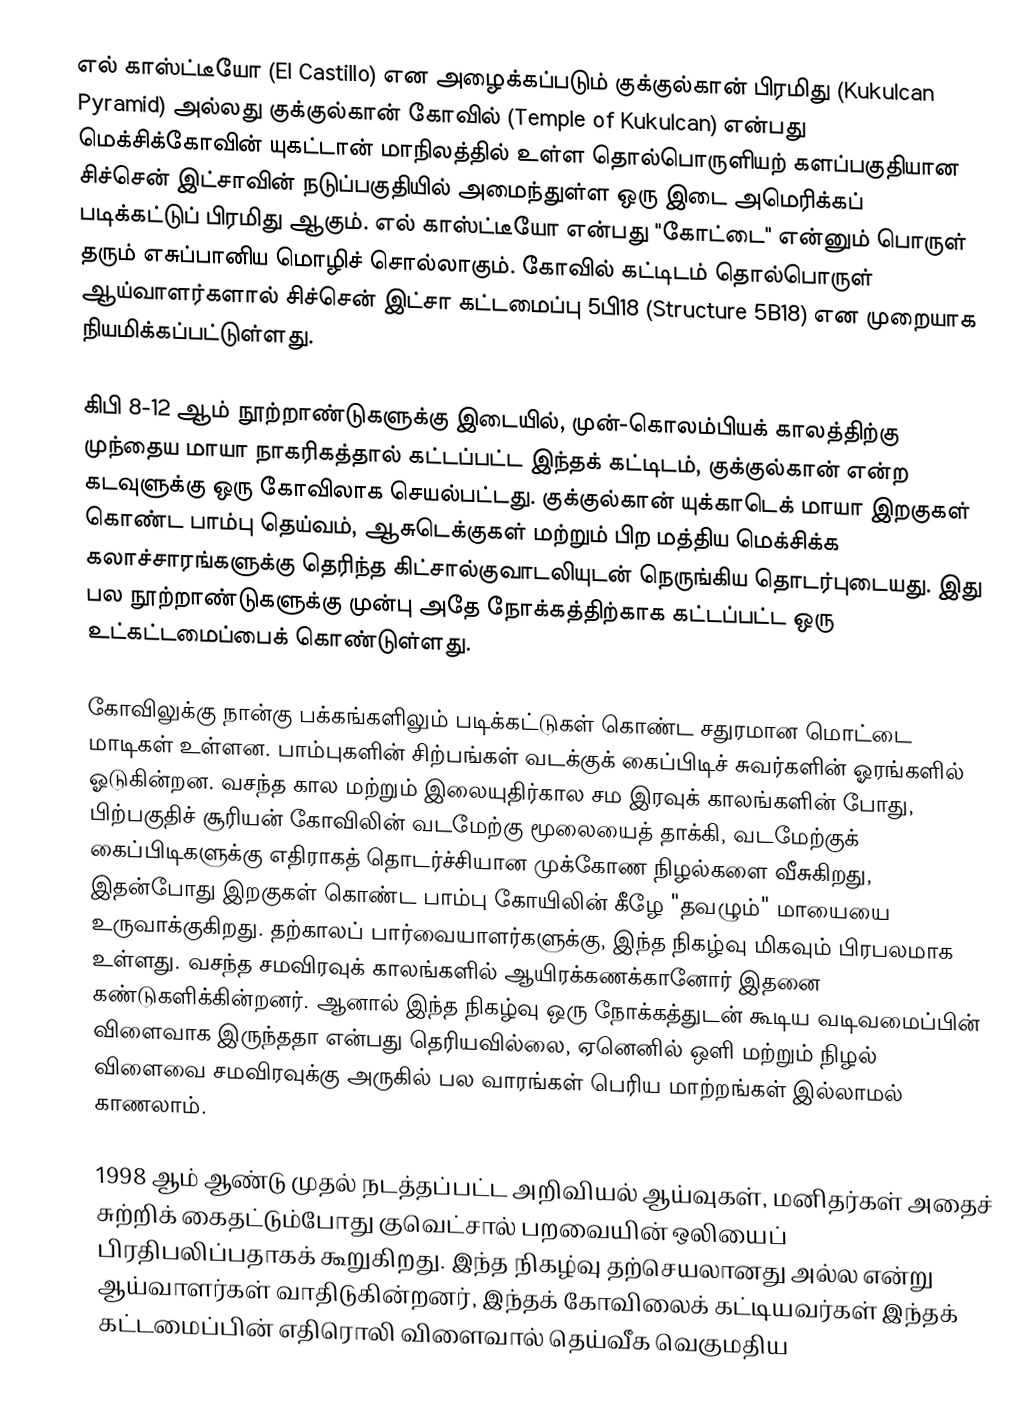
எல் காஸ்ட்டீயோ (El Castillo) என அழைக்கப்படும் குக்குல்கான் பிரமிது (Kukulcan Pyramid) அல்லது குக்குல்கான் கோவில் (Temple of Kukulcan) என்பது மெக்சிக்கோவின் யுகட்டான் மாநிலத்தில் உள்ள தொல்பொருளியற் களப்பகுதியான சிச்சென் இட்சாவின் நடுப்பகுதியில் அமைந்துள்ள ஒரு இடை அமெரிக்கப் படிக்கட்டுப் பிரமிது ஆகும். எல் காஸ்ட்டீயோ என்பது "கோட்டை" என்னும் பொருள் தரும் எசுப்பானிய மொழிச் சொல்லாகும். கோவில் கட்டிடம் தொல்பொருள் ஆய்வாளர்களால் சிச்சென் இட்சா கட்டமைப்பு 5பி18 (Structure 5B18) என முறையாக நியமிக்கப்பட்டுள்ளது.

கிபி 8-12 ஆம் நூற்றாண்டுகளுக்கு இடையில், முன்-கொலம்பியக் காலத்திற்கு முந்தைய மாயா நாகரிகத்தால் கட்டப்பட்ட இந்தக் கட்டிடம், குக்குல்கான் என்ற கடவுளுக்கு ஒரு கோவிலாக செயல்பட்டது. குக்குல்கான் யுக்காடெக் மாயா இறகுகள் கொண்ட பாம்பு தெய்வம், ஆசுடெக்குகள் மற்றும் பிற மத்திய மெக்சிக்க கலாச்சாரங்களுக்கு தெரிந்த கிட்சால்குவாடலியுடன் நெருங்கிய தொடர்புடையது. இது பல நூற்றாண்டுகளுக்கு முன்பு அதே நோக்கத்திற்காக கட்டப்பட்ட ஒரு உட்கட்டமைப்பைக் கொண்டுள்ளது.

கோவிலுக்கு நான்கு பக்கங்களிலும் படிக்கட்டுகள் கொண்ட சதுரமான மொட்டை மாடிகள் உள்ளன. பாம்புகளின் சிற்பங்கள் வடக்குக் கைப்பிடிச் சுவர்களின் ஓரங்களில் ஓடுகின்றன. வசந்த கால மற்றும் இலையுதிர்கால சம இரவுக் காலங்களின் போது, பிற்பகுதிச் சூரியன் கோவிலின் வடமேற்கு மூலையைத் தாக்கி, வடமேற்குக் கைப்பிடிகளுக்கு எதிராகத் தொடர்ச்சியான முக்கோண நிழல்களை வீசுகிறது, இதன்போது இறகுகள் கொண்ட பாம்பு கோயிலின் கீழே "தவழும்" மாயையை உருவாக்குகிறது. தற்காலப் பார்வையாளர்களுக்கு, இந்த நிகழ்வு மிகவும் பிரபலமாக உள்ளது. வசந்த சமவிரவுக் காலங்களில் ஆயிரக்கணக்கானோர் இதனை கண்டுகளிக்கின்றனர். ஆனால் இந்த நிகழ்வு ஒரு நோக்கத்துடன் கூடிய வடிவமைப்பின் விளைவாக இருந்ததா என்பது தெரியவில்லை, ஏனெனில் ஒளி மற்றும் நிழல் விளைவை சமவிரவுக்கு அருகில் பல வாரங்கள் பெரிய மாற்றங்கள் இல்லாமல் காணலாம்.

1998 ஆம் ஆண்டு முதல் நடத்தப்பட்ட அறிவியல் ஆய்வுகள், மனிதர்கள் அதைச் சுற்றிக் கைதட்டும்போது குவெட்சால் பறவையின் ஒலியைப் பிரதிபலிப்பதாகக் கூறுகிறது. இந்த நிகழ்வு தற்செயலானது அல்ல என்று ஆய்வாளர்கள் வாதிடுகின்றனர், இந்தக் கோவிலைக் கட்டியவர்கள் இந்தக் கட்டமைப்பின் எதிரொலி விளைவால் தெய்வீக வெகுமதிய